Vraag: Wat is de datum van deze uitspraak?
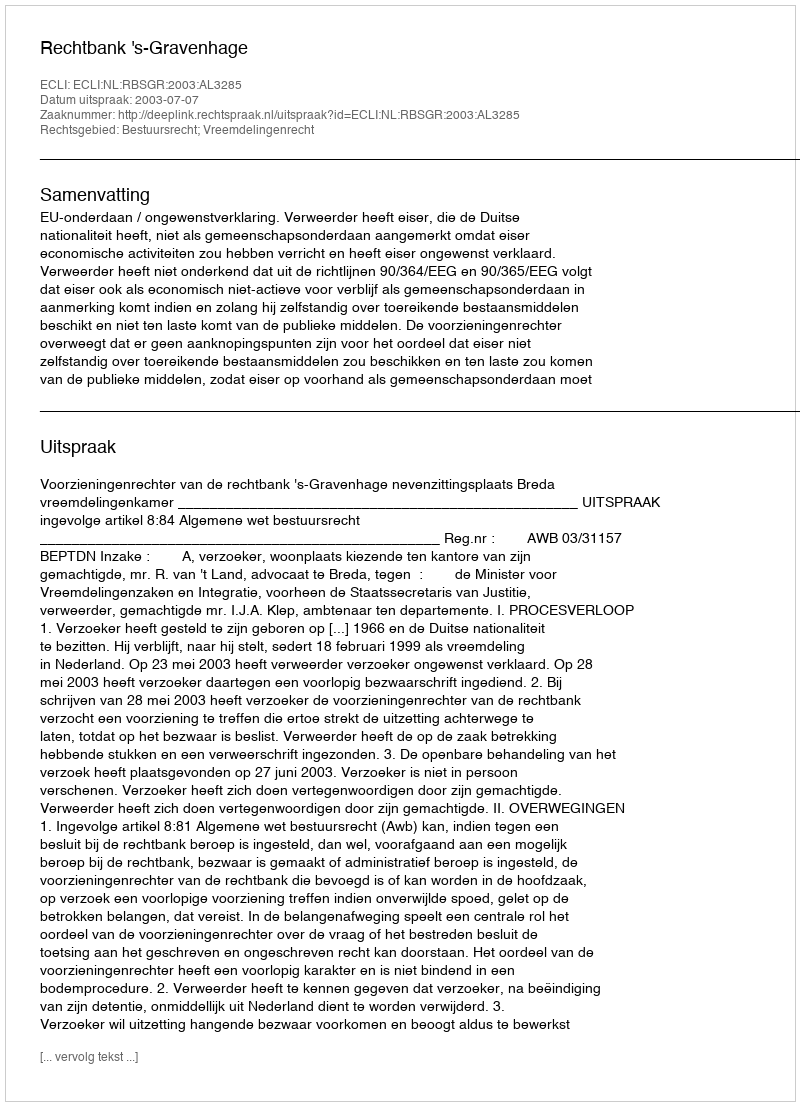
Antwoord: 2003-07-07